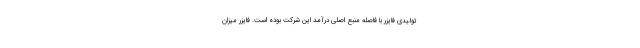
تولیدی فایزر با فاصله منبع اصلی درآمد این شرکت بوده است. فایزر میزان